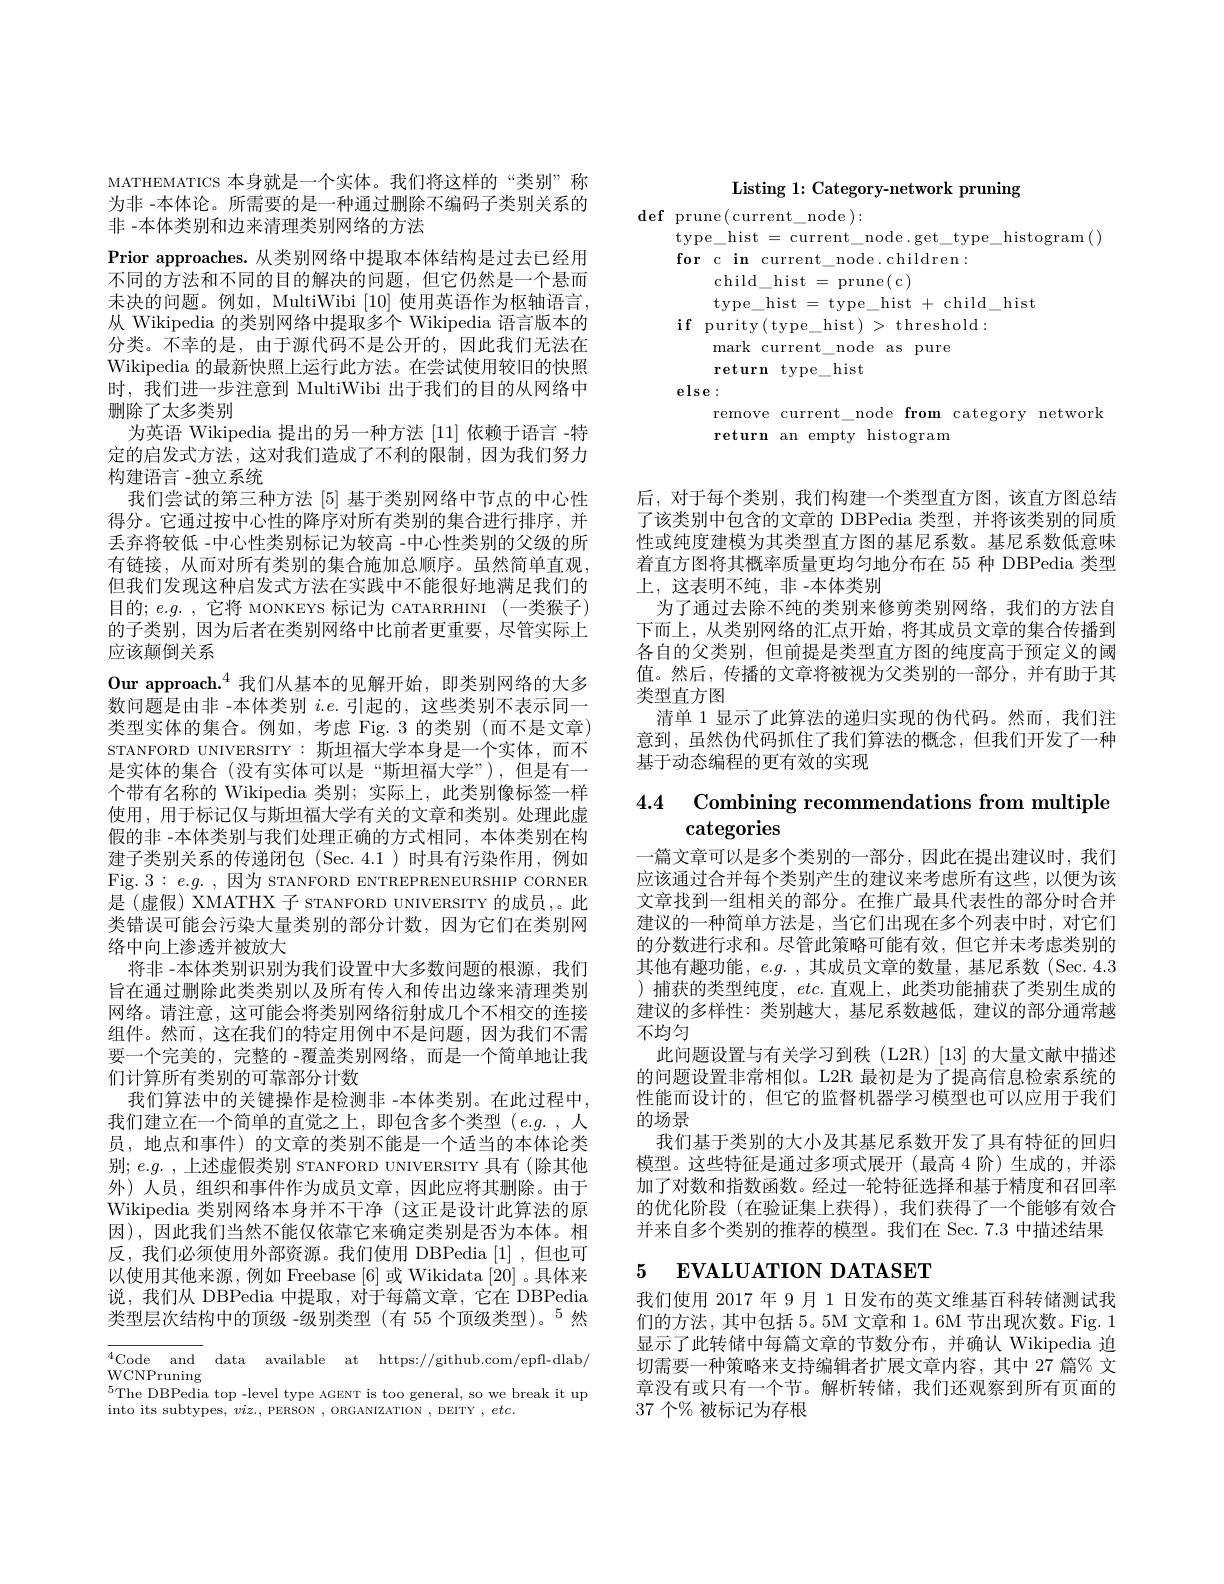
Listing 1: Category-network pruning

${\mathrm{def~prune(current}}\_$node):
type\_hist\_current\_node.get\_type\_histogram()
for c in current\_node.children:
$\operatorname{child}_{-}$hist $=\operatorname{prune(c)}$
type\_hist\_type\_hist\_child\_hist
if purity( type\_hist) > threshold:
mark current\_node as pure
return type\_hist
$else:$
remove current\_node from category network
return an empty histogram

MATHEMATICS 本身就是一个实体。我们将这样的“类别”称为非 -本体论。所需要的是一种通过删除不编码子类别关系的非 -本体类别和边来清理类别网络的方法
Prior approaches. 从类别网络中提取本体结构是过去已经用不同的方法和不同的目的解决的问题，但它仍然是一个悬而未决的问题。例如，MultiWibi [10]使用英语作为枢轴语言， 从 Wikipedia 的类别网络中提取多个 Wikipedia 语言版本的分类。不幸的是，由于源代码不是公开的，因此我们无法在Wikipedia 的最新快照上运行此方法。在尝试使用较旧的快照时，我们进一步注意到 MultiWibi 出于我们的目的从网络中删除了太多类别
为英语 Wikipedia 提出的另一种方法[11]依赖于语言 -特定的启发式方法，这对我们造成了不利的限制，因为我们努力构建语言 -独立系统
我们尝试的第三种方法[5]基于类别网络中节点的中心性得分。它通过按中心性的降序对所有类别的集合进行排序，并丢弃将较低 -中心性类别标记为较高 -中心性类别的父级的所有链接，从而对所有类别的集合施加总顺序。虽然简单直观， 但我们发现这种启发式方法在实践中不能很好地满足我们的目的；$e. g.$ ,它将 MONKEYS 标记为 CATARRHINI (一类猴子) 的子类别，因为后者在类别网络中比前者更重要，尽管实际上应该颠倒关系
Our approach.$^{4}$我们从基本的见解开始，即类别网络的大多数问题是由非 -本体类别$i.e.$引起的，这些类别不表示同一类型实体的集合。例如，考虑 Fig. 3 的类别 (而不是文章) STANFORD UNIVERSITY:斯坦福大学本身是一个实体，而不是实体的集合 (没有实体可以是“斯坦福大学”),但是有一个带有名称的 Wikipedia 类别；实际上，此类别像标签一样使用，用于标记仅与斯坦福大学有关的文章和类别。处理此虚假的非 -本体类别与我们处理正确的方式相同，本体类别在构建子类别关系的传递闭包(Sec.4.1)时具有污染作用，例如Fig. $3:e.g.$,因为 STANFORD ENTREPRENEURSHIP CORNER 是(虚假) XMATHX 子 sTANFORD UNIVERSITY 的成员，。此类错误可能会污染大量类别的部分计数，因为它们在类别网络中向上渗透并被放大
将非 -本体类别识别为我们设置中大多数问题的根源，我们旨在通过删除此类类别以及所有传入和传出边缘来清理类别网络。请注意，这可能会将类别网络衍射成几个不相交的连接组件。然而，这在我们的特定用例中不是问题，因为我们不需要一个完美的，完整的 -覆盖类别网络，而是一个简单地让我们计算所有类别的可靠部分计数
我们算法中的关键操作是检测非 -本体类别。在此过程中， 我们建立在一个简单的直觉之上，即包含多个类型(e.g. ,人员，地点和事件)的文章的类别不能是一个适当的本体论类别；$e.g.$ ,上述虚假类别 STANFORD UNIVERSITY 具有 (除其他外)人员，组织和事件作为成员文章，因此应将其删除。由于Wikipedia 类别网络本身并不干净 (这正是设计此算法的原因),因此我们当然不能仅依靠它来确定类别是否为本体。相反，我们必须使用外部资源。我们使用 DBPedia [1] ,但也可以使用其他来源，例如 Freebase [6]或 Wikidata [20] 。具体来说，我们从 DBPedia 中提取，对于每篇文章，它在 DBPedia 类型层次结构中的顶级 -级别类型 (有 55 个顶级类型)。$^{5}$然$^{4}$Code and data available at https://github.com/epfl-dlab/

WCNPruning
$^{5}$The DBPedia top -level type AGENT is too general, so we break it up
into its subtypes, $viz.$, PERSON , ORGANIZATION , DEITY $,etc.$

后，对于每个类别，我们构建一个类型直方图，该直方图总结了该类别中包含的文章的 DBPedia 类型，并将该类别的同质性或纯度建模为其类型直方图的基尼系数。基尼系数低意味着直方图将其概率质量更均匀地分布在 55 种 DBPedia 类型上，这表明不纯，非-本体类别
为了通过去除不纯的类别来修剪类别网络，我们的方法自下而上，从类别网络的汇点开始，将其成员文章的集合传播到各自的父类别，但前提是类型直方图的纯度高于预定义的阈值。然后，传播的文章将被视为父类别的一部分，并有助于其类型直方图
清单 1 显示了此算法的递归实现的伪代码。然而，我们注意到，虽然伪代码抓住了我们算法的概念，但我们开发了一种基于动态编程的更有效的实现

# 4.4 Combining recommendations from multiple categories

一篇文章可以是多个类别的一部分，因此在提出建议时，我们应该通过合并每个类别产生的建议来考虑所有这些，以便为该文章找到一组相关的部分。在推广最具代表性的部分时合并建议的一种简单方法是，当它们出现在多个列表中时，对它们的分数进行求和。尽管此策略可能有效，但它并未考虑类别的其他有趣功能，$e. g.$ ,其成员文章的数量，基尼系数 (Sec. 4.3 )捕获的类型纯度，etc.直观上，此类功能捕获了类别生成的建议的多样性：类别越大，基尼系数越低，建议的部分通常越不均匀
此问题设置与有关学习到秩(L2R)[13]的大量文献中描述的问题设置非常相似。L2R 最初是为了提高信息检索系统的性能而设计的，但它的监督机器学习模型也可以应用于我们的场景
我们基于类别的大小及其基尼系数开发了具有特征的回归模型。这些特征是通过多项式展开(最高 4 阶)生成的，并添加了对数和指数函数。经过一轮特征选择和基于精度和召回率的优化阶段(在验证集上获得),我们获得了一个能够有效合并来自多个类别的推荐的模型。我们在 Sec. 7.3 中描述结果

# 5 EVALUATION DATASET

我们使用 2017 年 9 月 1 日发布的英文维基百科转储测试我们的方法，其中包括 5。5M 文章和 1。6M 节出现次数。Fig. 1显示了此转储中每篇文章的节数分布，并确认 Wikipedia 迫切需要一种策略来支持编辑者扩展文章内容，其中 27 篇% 文章没有或只有一个节。解析转储，我们还观察到所有页面的37 个% 被标记为存根